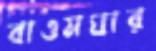
বাওমঘার